Lock hospitals Punjab
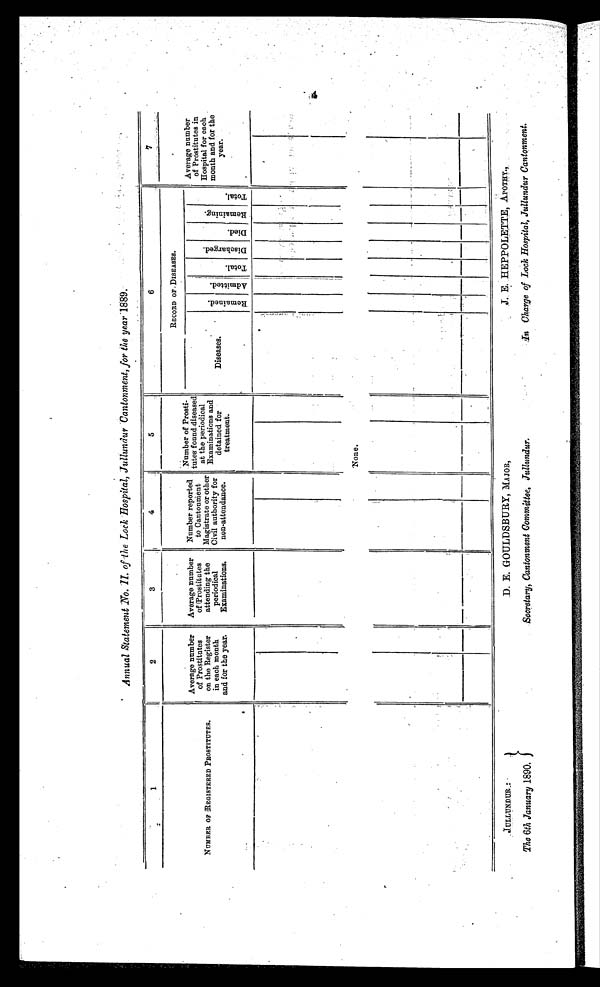
Annual Statement No. II. of the Lock Hospital, Jullundur Cantonment, for The year 1889.
1
2
3
4
5
6
7
NUMBER OF REGISTERED PROSTITUTES.
Average number
of Prostitutes
on the Register
in each month
and for the year.
Average number
of Prostitutes
attending the
periodical
Examinations.
Number reported
to Cantonment
Magistrate or other
Civil authority for
non-attendance.
Number of Prosti-
tutes found diseased
at the periodical
Examinations and
detained for
treatment.
RECORD OF DISEASES.
Average number
of Prostitutes in
Hospital for each
month and for the
y ear.
Diseases.
R e m a i n e d . Admi t t ed.
T o t a l .
D i s c h a r g e d .
D i e d .
R e m a i n i n g .
T o t a l .
None.
JULLUNDUR:
The 6th January 1890.
D. E. GOULDSBURY, MAJOR,
Secretary, Cantonment Committee., Jullundur.
J. E. HEPPOLETTE, APOTHY.,
In Charge of Lock Hospital, Jullundur Cantonment.